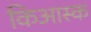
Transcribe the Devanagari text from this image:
किआस्क